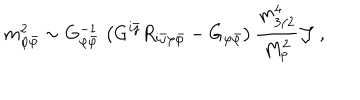
m _ { \varphi { \bar { \varphi } } } ^ { 2 } \sim G _ { \varphi { \bar { \varphi } } } ^ { - 1 } \, \left( G ^ { i { \bar { \jmath } } } R _ { i { \bar { \jmath } } \varphi { \bar { \varphi } } } - G _ { \varphi { \bar { \varphi } } } \right) { \frac { m _ { 3 / 2 } ^ { 4 } } { M _ { p } ^ { 2 } } } { \cal J } \ ,